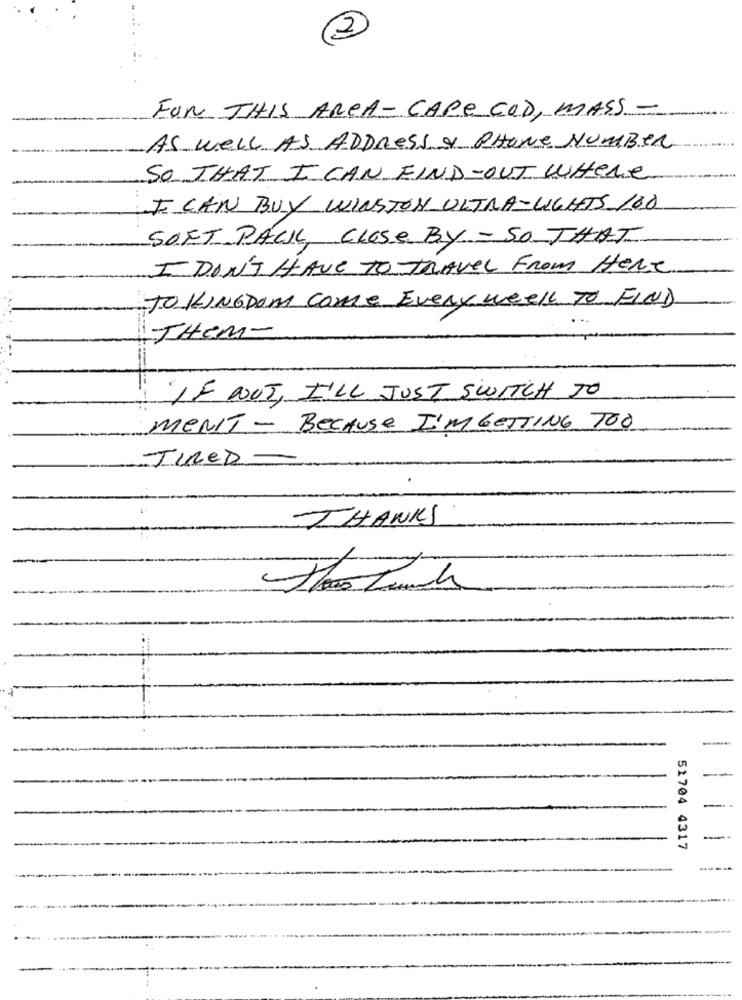
FOR THIS AREA - CAPE COD, MASS.
AS Well AS ADDRESS & PHONE NUMBER
SO THAT I CAN FIND-OUT WHERE
I CAN BUY WINSTON ULTRA-LIGHTS 108
SOFT PACK, CLOSE BY - 50 THAT
I DON'T HAVE TO TRAVEL From Here
TO KINGDOM Come Every week TO FIND
THEM-
IF NOT, I'LL JUST SWITCH TO
MENIT - BECAUSE I'M GETTING TOO
TIMER
THANKS
-
51704 4317